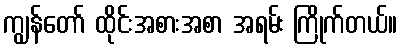
ကျွန်တော် ထိုင်းအစားအစာ အရမ်း ကြိုက်တယ်။